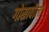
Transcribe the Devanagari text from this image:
गोसावीला